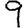
Digit: 9